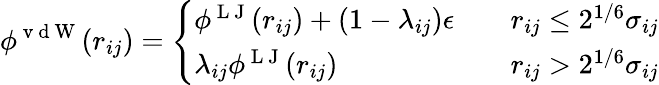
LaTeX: \phi^{\mathrm{~v~d~W~}}(r_{ij})=\left\{ \begin{array}{ll}{\phi^{\mathrm{~L~J~}}(r_{ij})+(1-\lambda_{ij})\epsilon}&{\quad r_{ij}\leq 2^{1/6}\sigma_{ij}}\\ {\lambda_{ij}\phi^{\mathrm{~L~J~}}(r_{ij})}&{\quad r_{ij}>2^{1/6}\sigma_{ij}}\end{array}\right.